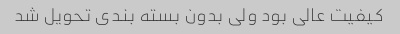
کیفیت عالی بود ولی بدون بسته بندی تحویل شد